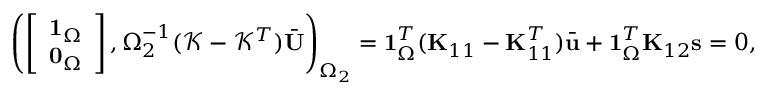
\begin{array} { r } { \left( \left[ \begin{array} { l } { \mathbf { 1 } _ { \Omega } } \\ { \mathbf { 0 } _ { \Omega } } \end{array} \right] , \boldsymbol { \Omega } _ { 2 } ^ { - 1 } ( \mathcal { K } - \mathcal { K } ^ { T } ) \bar { \mathbf { U } } \right) _ { \Omega _ { 2 } } = \mathbf { 1 } _ { \Omega } ^ { T } ( \mathbf { K } _ { 1 1 } - \mathbf { K } _ { 1 1 } ^ { T } ) \bar { \mathbf { u } } + \mathbf { 1 } _ { \Omega } ^ { T } \mathbf { K } _ { 1 2 } \mathbf { s } = 0 , } \end{array}